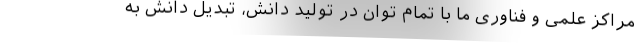
مراکز علمی و فناوری ما با تمام توان در تولید دانش، تبدیل دانش به